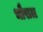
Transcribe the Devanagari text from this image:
भौराल